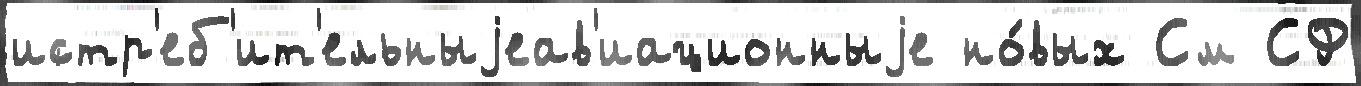
истр'еб'ит'ельныjеав'иационныjе но́вых См СФ